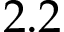
2 . 2